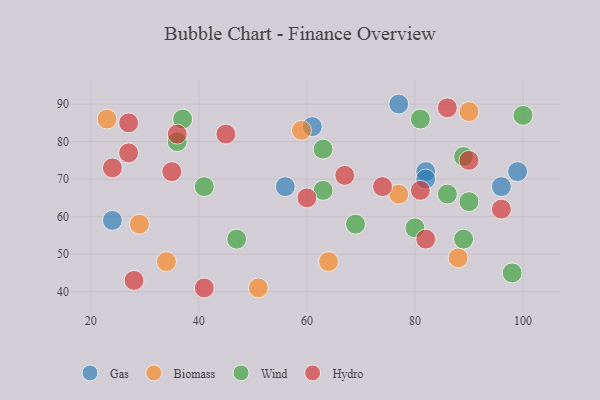
{"axis": {"x": "GDP", "y": "Life Expectancy"}, "legend": ["Biomass", "Gas", "Hydro", "Wind"], "data": [{"x": "96", "y": 68, "type": "Gas"}, {"x": "82", "y": 72, "type": "Gas"}, {"x": "77", "y": 90, "type": "Gas"}, {"x": "61", "y": 84, "type": "Gas"}, {"x": "24", "y": 59, "type": "Gas"}, {"x": "82", "y": 70, "type": "Gas"}, {"x": "56", "y": 68, "type": "Gas"}, {"x": "99", "y": 72, "type": "Gas"}, {"x": "59", "y": 83, "type": "Biomass"}, {"x": "29", "y": 58, "type": "Biomass"}, {"x": "23", "y": 86, "type": "Biomass"}, {"x": "34", "y": 48, "type": "Biomass"}, {"x": "64", "y": 48, "type": "Biomass"}, {"x": "90", "y": 88, "type": "Biomass"}, {"x": "88", "y": 49, "type": "Biomass"}, {"x": "77", "y": 66, "type": "Biomass"}, {"x": "51", "y": 41, "type": "Biomass"}, {"x": "98", "y": 45, "type": "Wind"}, {"x": "86", "y": 66, "type": "Wind"}, {"x": "63", "y": 67, "type": "Wind"}, {"x": "36", "y": 80, "type": "Wind"}, {"x": "89", "y": 54, "type": "Wind"}, {"x": "37", "y": 86, "type": "Wind"}, {"x": "89", "y": 76, "type": "Wind"}, {"x": "90", "y": 64, "type": "Wind"}, {"x": "63", "y": 78, "type": "Wind"}, {"x": "100", "y": 87, "type": "Wind"}, {"x": "80", "y": 57, "type": "Wind"}, {"x": "81", "y": 86, "type": "Wind"}, {"x": "69", "y": 58, "type": "Wind"}, {"x": "47", "y": 54, "type": "Wind"}, {"x": "41", "y": 68, "type": "Wind"}, {"x": "41", "y": 41, "type": "Hydro"}, {"x": "45", "y": 82, "type": "Hydro"}, {"x": "74", "y": 68, "type": "Hydro"}, {"x": "35", "y": 72, "type": "Hydro"}, {"x": "60", "y": 65, "type": "Hydro"}, {"x": "24", "y": 73, "type": "Hydro"}, {"x": "81", "y": 67, "type": "Hydro"}, {"x": "90", "y": 75, "type": "Hydro"}, {"x": "86", "y": 89, "type": "Hydro"}, {"x": "96", "y": 62, "type": "Hydro"}, {"x": "27", "y": 77, "type": "Hydro"}, {"x": "27", "y": 85, "type": "Hydro"}, {"x": "67", "y": 71, "type": "Hydro"}, {"x": "36", "y": 82, "type": "Hydro"}, {"x": "82", "y": 54, "type": "Hydro"}, {"x": "28", "y": 43, "type": "Hydro"}]}